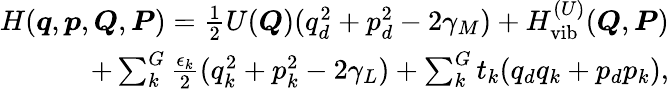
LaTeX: \begin{array}{r}{H(\boldsymbol{q},\boldsymbol{p},\boldsymbol{Q},\boldsymbol{P})=\frac{1}{2}U(\boldsymbol{Q})(q_{d}^{2}+p_{d}^{2}-2\gamma_{M})+H_{\textrm{vib}}^{(U)}(\boldsymbol{Q},\boldsymbol{P})}\\ {+\sum_{k}^{G}\frac{\epsilon_{k}}{2}(q_{k}^{2}+p_{k}^{2}-2\gamma_{L})+\sum_{k}^{G}t_{k}(q_{d}q_{k}+p_{d}p_{k}),}\end{array}